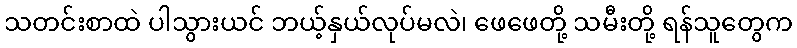
သတင်းစာထဲ ပါသွားယင် ဘယ့်နှယ်လုပ်မလဲ၊ ဖေဖေတို့ သမီးတို့ ရန်သူတွေက